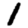
Digit: 1